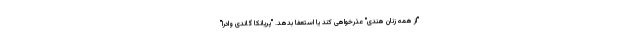
"از همه زنان هندی" عذرخواهی کند یا استعفا بدهد. "پریانکا گاندی وادرا"